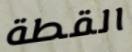
القطة